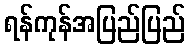
ရန်ကုန်အပြည်ပြည်